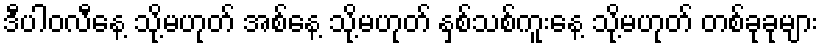
ဒီပါဝလီနေ့ သို့မဟုတ် အစ်နေ့ သို့မဟုတ် နှစ်သစ်ကူးနေ့ သို့မဟုတ် တစ်ခုခုများ